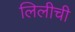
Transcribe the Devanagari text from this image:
लिलीची